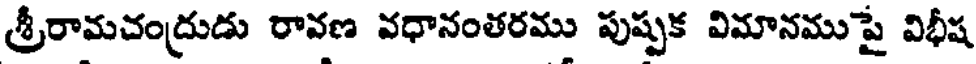
శ్రీరామచంద్రుడు రావణ వధానంతరము పుష్పక విమానముపై విభీష